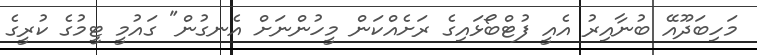
މަހިބަދޫއޭ ބުނާއިރު އެއީ ފުޓްބޯޅައިގެ ރަށެއްކަން މީހުންނަށް އެނގުން" ގައުމީ ޓީމުގެ ކުރީގެ